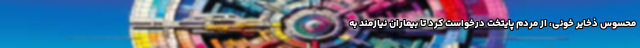
محسوس ذخایر خونی، از مردم پایتخت درخواست کرد تا بیماران نیازمند به